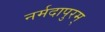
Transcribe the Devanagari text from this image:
नर्मदापुरम्